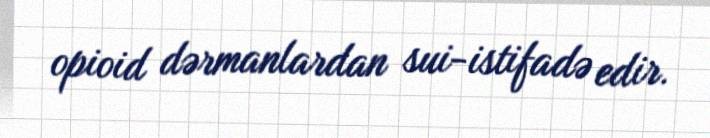
opioid dərmanlardan sui-istifadə edir.